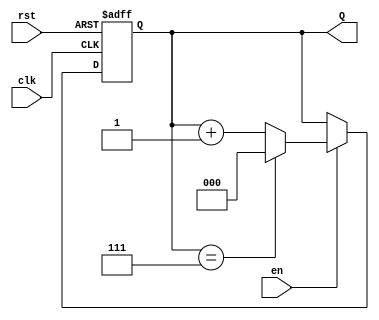
module up_counter (
    input wire clk,        // Clock input
    input wire rst,        // Asynchronous reset
    input wire en,         // Enable signal
    output reg [2:0] Q     // 3-bit output for the count
);

// Always block triggered on the rising edge of the clock or when reset is asserted
always @(posedge clk or posedge rst) begin
    if (rst) begin
        // Reset the counter to 0
        Q <= 3'b000;
    end else if (en) begin
        // Increment the counter if enabled
        if (Q == 3'b111) begin
            // Wrap around condition
            Q <= 3'b000;
        end else begin
            Q <= Q + 1;
        end
    end
    // If enable is low, the counter retains its value
end

endmodule